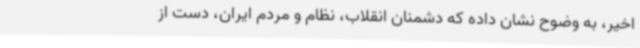
اخیر، به وضوح نشان داده که دشمنان انقلاب، نظام و مردم ایران، دست از